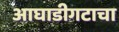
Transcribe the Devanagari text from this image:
आघाडीगटाचा